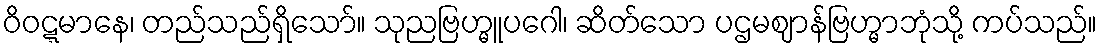
ဝိဝဋ္ဋမာနေ၊ တည်သည်ရှိသော်။ သုညဗြဟ္မူပဂေါ၊ ဆိတ်သော ပဌမဈာန်ဗြဟ္မာဘုံသို့ ကပ်သည်။